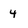
Character: 4